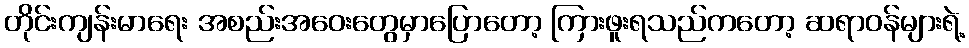
တိုင်းကျန်းမာရေး အစည်းအဝေးတွေမှာပြောတော့ ကြားဖူးရသည်ကတော့ ဆရာဝန်များရဲ့